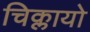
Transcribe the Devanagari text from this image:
चिक्लायो